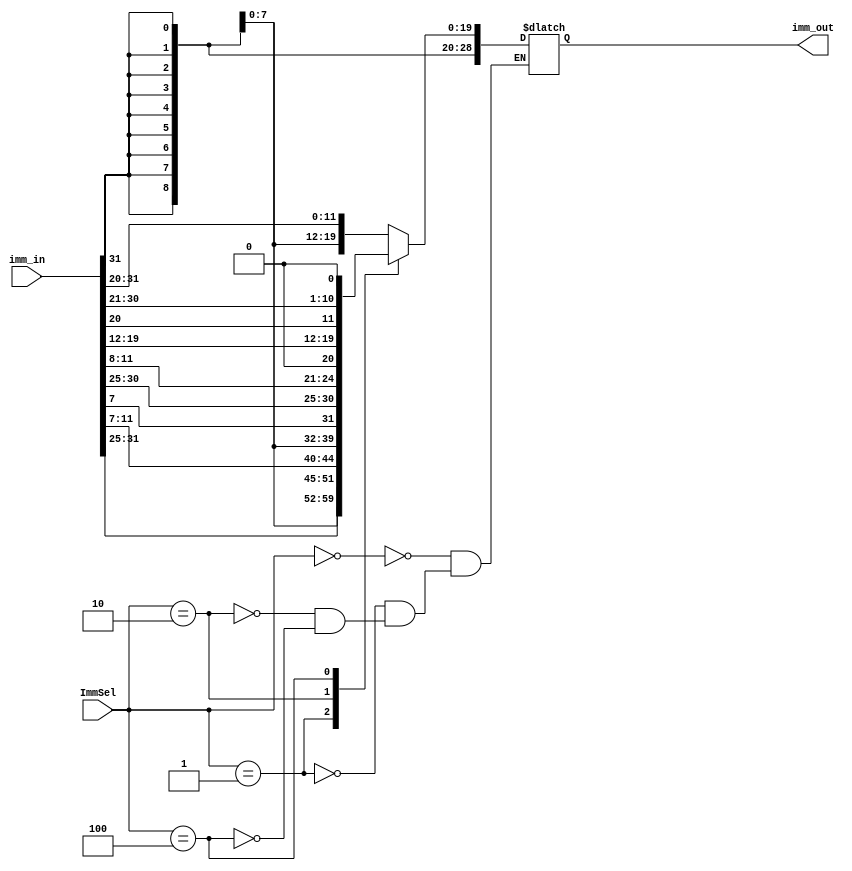
module ImmGen(imm_in, ImmSel, imm_out);
    input [31:0] imm_in;    // inst
    input [2:0] ImmSel;

    output reg [31:0] imm_out;

    always @(imm_in or ImmSel) begin
        case (ImmSel)
        3'd0:     // nhom I + JALR
            imm_out <= { {21{imm_in[31]}}, imm_in[30:20] };

        3'd1:     // nhom S
            imm_out <= { {21{imm_in[31]}}, imm_in[30:25], imm_in[11:7] };

        3'd2:     // nhom B
            imm_out <= { {20{imm_in[31]}}, imm_in[7], imm_in[30:25], imm_in[11:8], 1'b0 };

        // 3'd3:     // nhom U
        //     imm_out <= { imm_in[31:12], 12'b0 };
        
        3'd4:     // JAL 
            imm_out <= { {12{imm_in[31]}}, imm_in[19:12], imm_in[20], imm_in[30:21], 1'b0 };
        endcase
    end
endmodule